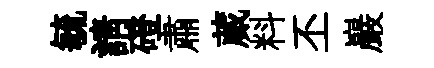
毓請磴肅蕆料丕巖